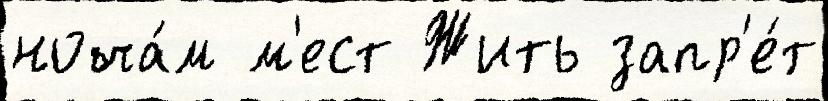
ноча́м м'ест Жить запр'е́т